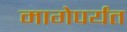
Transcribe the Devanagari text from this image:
मागेपर्यंत